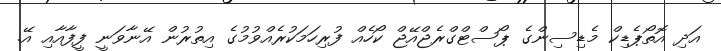
އަދި އޮތޯޕެޑިކް މެޑިސިންގެ ޕޯސްޓްގްރެޖްއޭޖް ކޯހެއް ފުރިހަމަކުރެއްވުމުގެ އިތުރުން އޭނާވަނީ ފީފާއާއި އޭ.